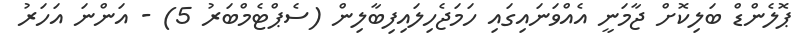
ޕޮލެންޑް ބަލިކޮށް ޖާމަނީ އެއްވަނައިގައި ހަމަޖެހިލައިފިބާލިން (ސެޕްޓެމްބަރު 5) - އަންނަ އަހަރު